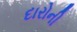
દારોની